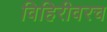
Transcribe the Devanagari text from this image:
विहिरीवरच